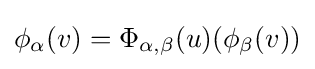
\phi _{\alpha }(v)=\Phi _{\alpha ,\beta }(u)(\phi _{\beta }(v))